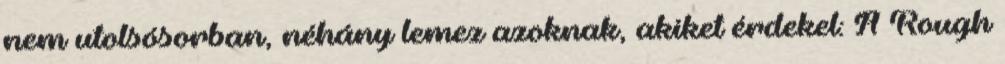
nem utolsósorban, néhány lemez azoknak, akiket érdekel: A Rough